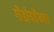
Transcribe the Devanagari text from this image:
गौडीयवैष्णव